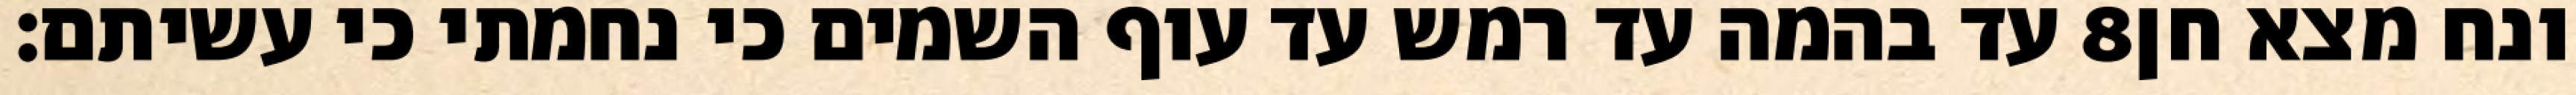
עד בהמה עד רמש עד עוף השמים כי נחמתי כי עשיתם׃ ‎8‏ ונח מצא חן